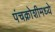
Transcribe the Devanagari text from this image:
पंचक्रोशीमध्ये